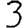
Digit: 3